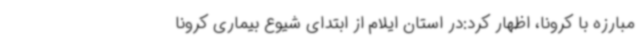
مبارزه با کرونا، اظهار کرد:در استان ایلام از ابتدای شیوع بیماری کرونا